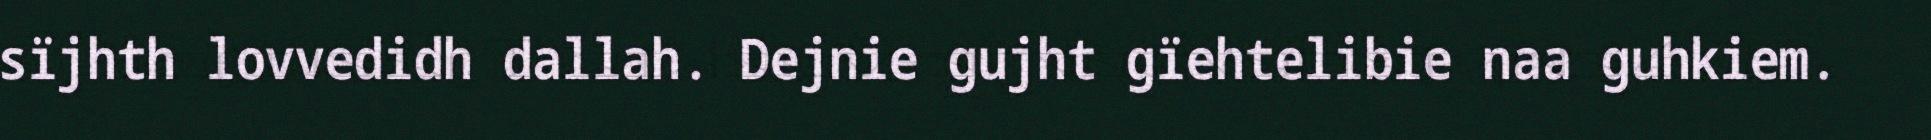
sïjhth lovvedidh dallah. Dejnie gujht gïehtelibie naa guhkiem.